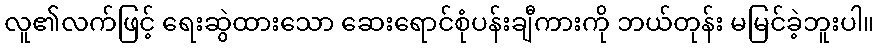
လူ၏လက်ဖြင့် ရေးဆွဲထားသော ဆေးရောင်စုံပန်းချီကားကို ဘယ်တုန်း မမြင်ခဲ့ဘူးပါ။